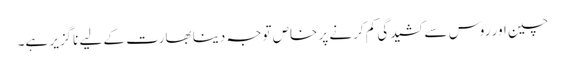
چین اور روس سے کشیدگی کم کرنے پر خاص توجہ دینا بھارت کے لیے ناگزیر ہے۔